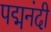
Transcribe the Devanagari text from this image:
पद्मनंदी